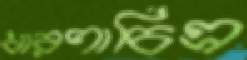
ধারণাচিত্র